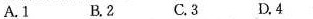
A.1 B.2 C.3 D.4